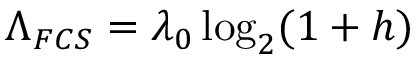
\Lambda _ { F C S } = \lambda _ { 0 } \log _ { 2 } ( 1 + h )